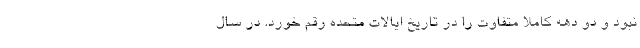
نبود و دو دهه کاملا متفاوت را در تاریخ ایالات متحده رقم خورد. در سال